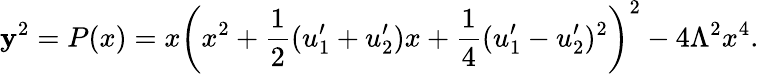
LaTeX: \mathbf{y}^{2}=P(x)=x\left(x^{2}+\frac{{1}}{{2}}(u_{1}^{\prime}+u_{2}^{\prime})x+\frac{{1}}{{4}}(u_{1}^{\prime}-u_{2}^{\prime})^{2}\right)^{2}-4\Lambda^{2}x^{4}.